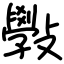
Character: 斅